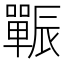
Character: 辴